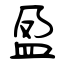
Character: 盈